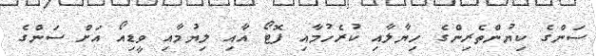
ސަންގެ ކިޔުންތެރިންގެ ހިޔާލާއި ކުރެހުމާއި ފޮޓޯ އާއި ލިޔުމާއި ވީޑިއޯ އަށް ސަންގެ